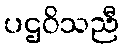
ပဌဝိသညီ